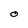
Character: O